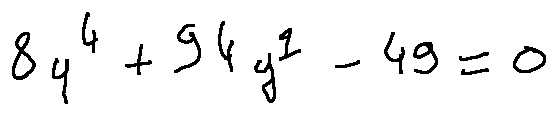
8 y ^ { 4 } + 9 4 y ^ { 2 } - 4 9 = 0